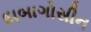
દાબાગોસીન